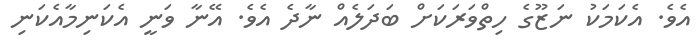
އެވެ. އެކަމަކު ނަޒޫގެ ހިތްވަރަކަށް ބަދަލެއް ނާދެ އެވެ. އޭނާ ވަނީ އެކަނިމާއެކަނި